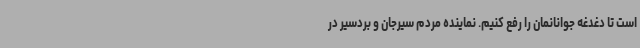
است تا دغدغه جوانانمان را رفع کنیم. نماینده مردم سیرجان و بردسیر در